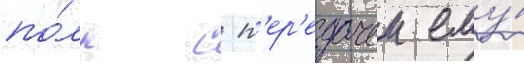
по́лк с п'ер'едачеи ему́